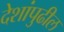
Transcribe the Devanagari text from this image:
देशांपुढील